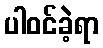
ပါဝင်ခဲ့ရာ